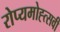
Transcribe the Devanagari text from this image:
रोप्यमोह्त्सवी